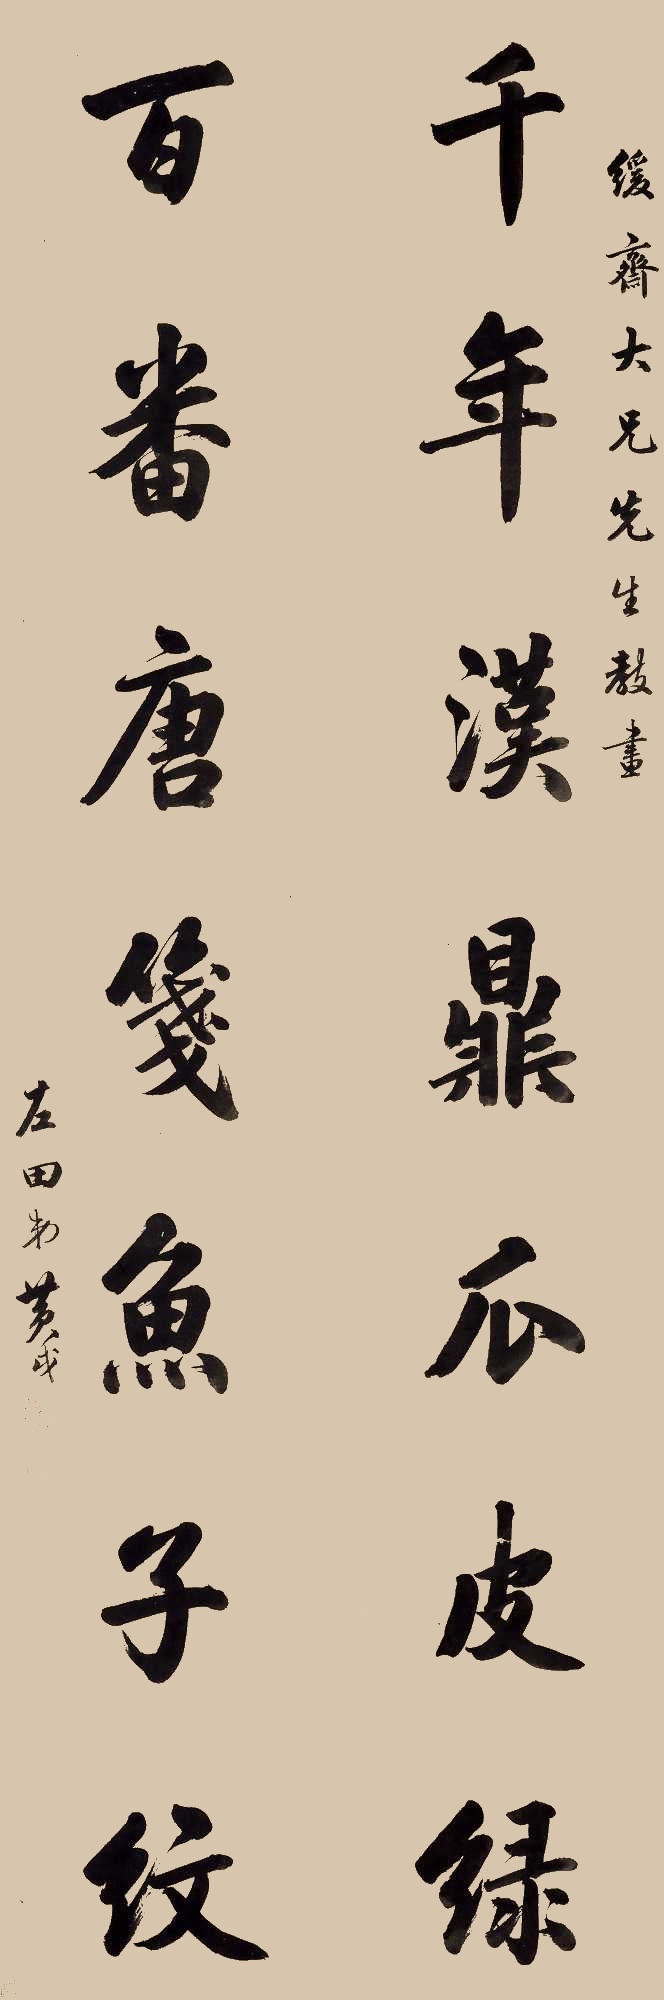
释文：千年汉鼎瓜皮绿，百番唐笺鱼子纹。缓斋大兄先生教画，左田弟黄戉。